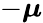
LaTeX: -\boldsymbol{\mu}